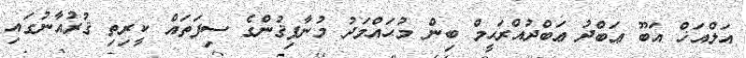
އަލްއަޚް އަބޫ ޢަބްދު ޢަބްދުއްރަޙީމް ބިން މުޙައްމަދު މުނާފިޤުންގެ ސިފަތައް ކީރިތި ޤުރުއާނުގައި